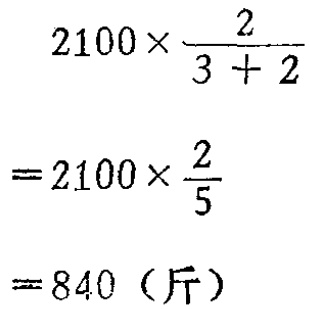
\[

\begin{align*}

&2100\times\frac{2}{3 + 2}\\

=&2100\times\frac{2}{5}\\

=&840（\text{斤}）

\end{align*}

\]